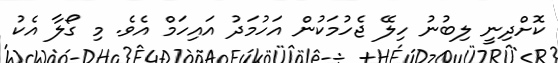
ކޮށްދިނީ ލިބުނު ހިލޭ ޖެހުމަކުން އަހުމަދު އައިހަމް އެވެ. މި ގޯލާ އެކު